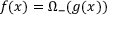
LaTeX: f ( x ) = \Omega _ { - } ( g ( x ) )